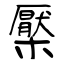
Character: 檿